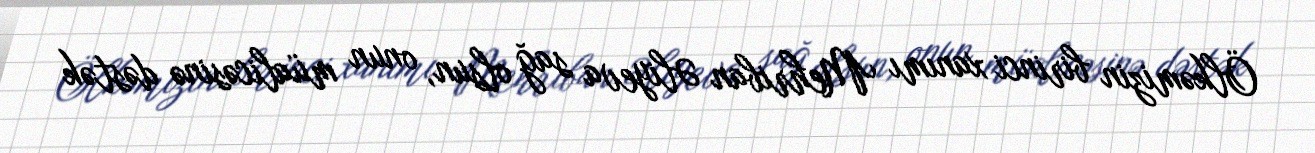
Ölkəmizin birinci xanımı Mehriban Əliyeva sağ olsun, onun müalicəsinə dəstək